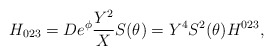
\begin{align*}H_{023}=De^\phi \frac{Y^2}XS(\theta )=Y^4S^2(\theta )H^{023},\end{align*}